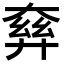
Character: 𡙘